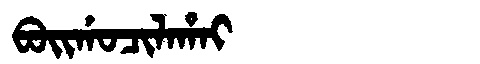
Manchu: ᠪᠣᡳᡤᠣᠴᡳᠯᠠᡥᠠᡳ
Romanization: BOIGOCILAHAI